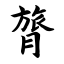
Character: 膂